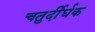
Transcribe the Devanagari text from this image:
चतुर्दीर्घक